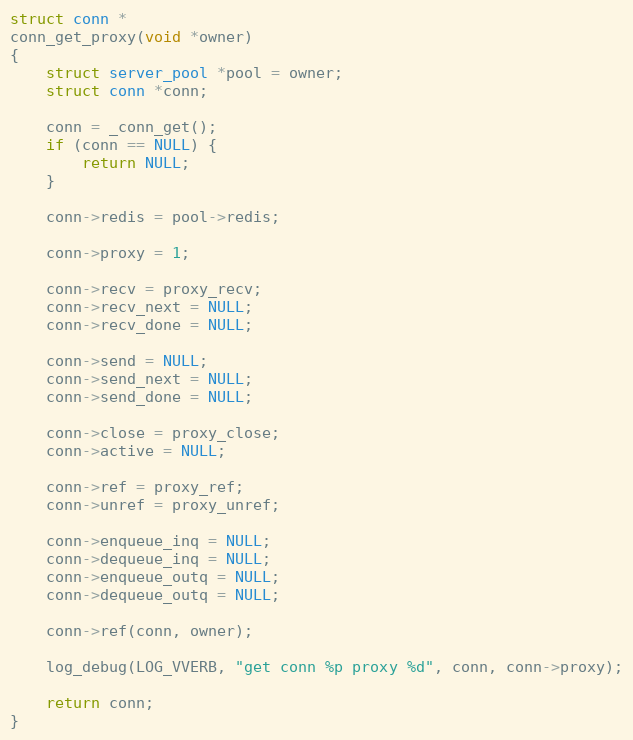
Language: C
struct conn *
conn_get_proxy(void *owner)
{
    struct server_pool *pool = owner;
    struct conn *conn;

    conn = _conn_get();
    if (conn == NULL) {
        return NULL;
    }

    conn->redis = pool->redis;

    conn->proxy = 1;

    conn->recv = proxy_recv;
    conn->recv_next = NULL;
    conn->recv_done = NULL;

    conn->send = NULL;
    conn->send_next = NULL;
    conn->send_done = NULL;

    conn->close = proxy_close;
    conn->active = NULL;

    conn->ref = proxy_ref;
    conn->unref = proxy_unref;

    conn->enqueue_inq = NULL;
    conn->dequeue_inq = NULL;
    conn->enqueue_outq = NULL;
    conn->dequeue_outq = NULL;

    conn->ref(conn, owner);

    log_debug(LOG_VVERB, "get conn %p proxy %d", conn, conn->proxy);

    return conn;
}